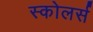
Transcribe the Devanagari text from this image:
स्कोलर्स